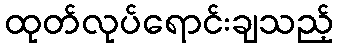
ထုတ်လုပ်ရောင်းချသည့်